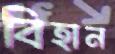
বিহান